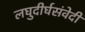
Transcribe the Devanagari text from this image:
लघुदीर्घसंवेदी